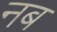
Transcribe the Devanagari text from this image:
नब